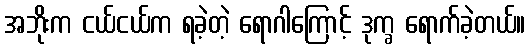
အဘိုးက ငယ်ငယ်က ရခဲ့တဲ့ ရောဂါကြောင့် ဒုက္ခ ရောက်ခဲ့တယ်။